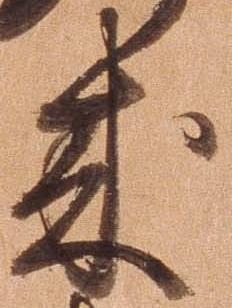
来